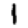
Digit: 1